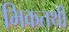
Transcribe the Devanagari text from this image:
भिकतथी